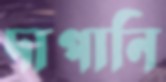
দাপানি